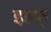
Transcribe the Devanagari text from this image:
इह्फ्